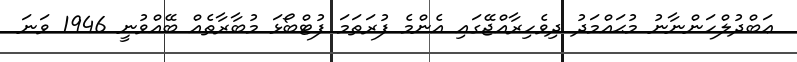
ޢަބްދުލްހަންނާނު މުޙައްމަދު ދިވެހިރާއްޖޭގައި އެންމެ ފުރަތަމަ ފުޓްބޯޅަ މުބާރާތެއް ބޭއްވުނީ 1946 ވަނަ